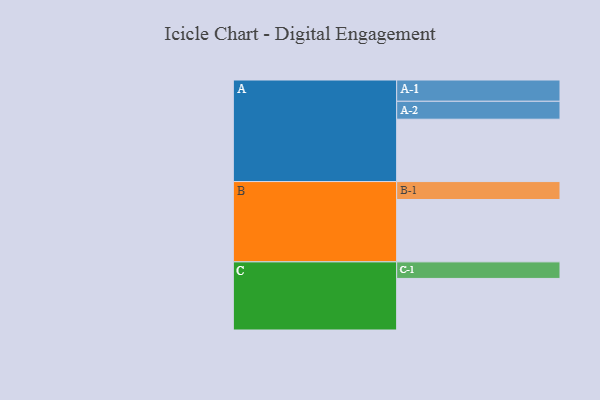
{"axis": {"x": "Segment", "y": "Value"}, "legend": ["", "A", "B", "C"], "data": [{"x": "A", "y": 595, "type": ""}, {"x": "B", "y": 595, "type": ""}, {"x": "C", "y": 492, "type": ""}, {"x": "A-1", "y": 203, "type": "A"}, {"x": "A-2", "y": 171, "type": "A"}, {"x": "B-1", "y": 171, "type": "B"}, {"x": "C-1", "y": 158, "type": "C"}]}